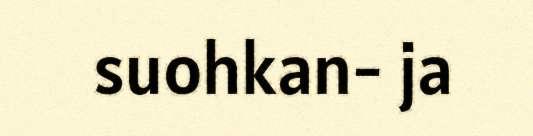
suohkan- ja